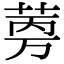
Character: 𬜼